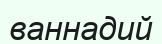
ваннадий